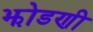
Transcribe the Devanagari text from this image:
झोडणी